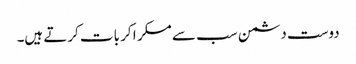
دوست دشمن سب سے مسکر ا کر بات کرتے ہیں۔